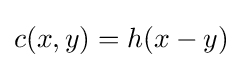
c(x,y)=h(x-y)